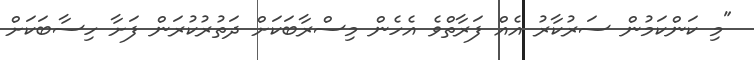
"މި ކަންކަމުން ސަރުކާރު އެއް ފަރާތްވެ އެހެން މިސްރާބަކަށް ދަތުރުކުރަން ފަށާ ހިސާބަކަށް